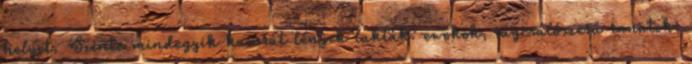
helyet. Szinte mindegyik kamrát lények lakták: ewokok, rágcsálószerű ranatok,